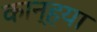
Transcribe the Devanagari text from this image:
कान्हया